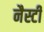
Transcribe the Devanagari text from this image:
नैस्टी